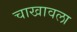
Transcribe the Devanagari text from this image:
चाखावला